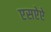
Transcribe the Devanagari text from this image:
एसऐऐ